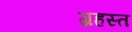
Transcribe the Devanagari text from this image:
ग्रहस्त